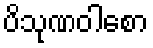
ပိသုဏဝါစော